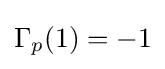
\Gamma _{p}(1)=-1